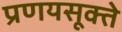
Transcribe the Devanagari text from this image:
प्रणयसूक्ते